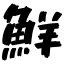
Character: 鮮